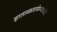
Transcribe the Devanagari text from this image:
हाताळतायेण्याजोगे